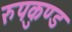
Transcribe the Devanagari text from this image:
रुपकुण्ड